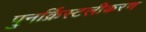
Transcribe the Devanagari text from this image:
पुनर्क्रिस्टलीकरण